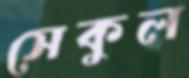
সেকুল